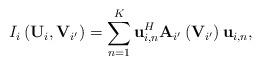
LaTeX: \begin{align*}I_{i}\left(\mathbf{U}_{i},\mathbf{V}_{i'}\right)=\sum_{n=1}^{K}\mathbf{u}_{i,n}^{H}\mathbf{A}_{i'}\left(\mathbf{V}_{i'}\right)\mathbf{u}_{i,n},\end{align*}